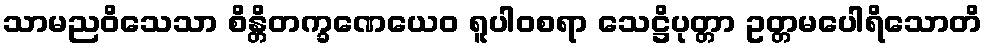
သာမညဝိသေသာ စိန္တိတက္ခဏေယေဝ ရူပါဝစရာ သေဋ္ဌိပုတ္တာ ဥတ္တမပေါရိသောတိ